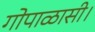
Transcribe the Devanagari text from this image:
गोपाळासी।